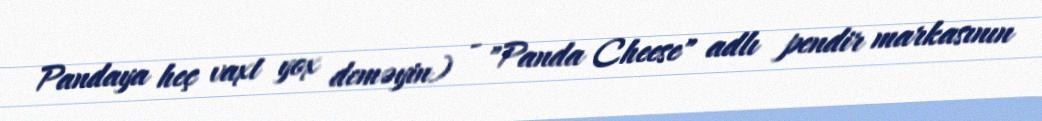
Pandaya heç vaxt yox deməyin) - "Panda Cheese" adlı pendir markasının